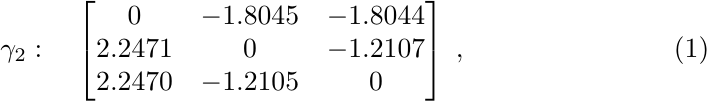
  \begin{equation}
    \gamma_2 : \quad
    \begin{bmatrix}
      0       & -1.8045  & -1.8044 \\
      2.2471  & 0        & -1.2107 \\
      2.2470  & -1.2105  & 0
    \end{bmatrix}
    \; ,
  \end{equation}